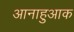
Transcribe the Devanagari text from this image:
आनाहुआक